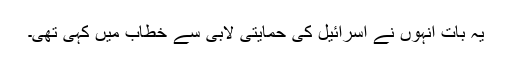
یہ بات انہوں نے اسرائیل کی حمایتی لابی سے خطاب میں کہی تھی۔